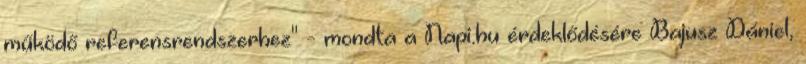
működő referensrendszerhez" - mondta a Napi.hu érdeklődésére Bajusz Dániel,